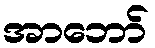
အာဘော်